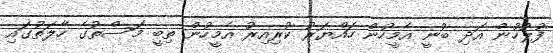
ފުލުހުން އަދި ބުނީ އެމީހުން ހައްޔަރު ކުރިއިރު އެމީހުން ތިބީ މަސްތުގެ ހާލަތުގައި